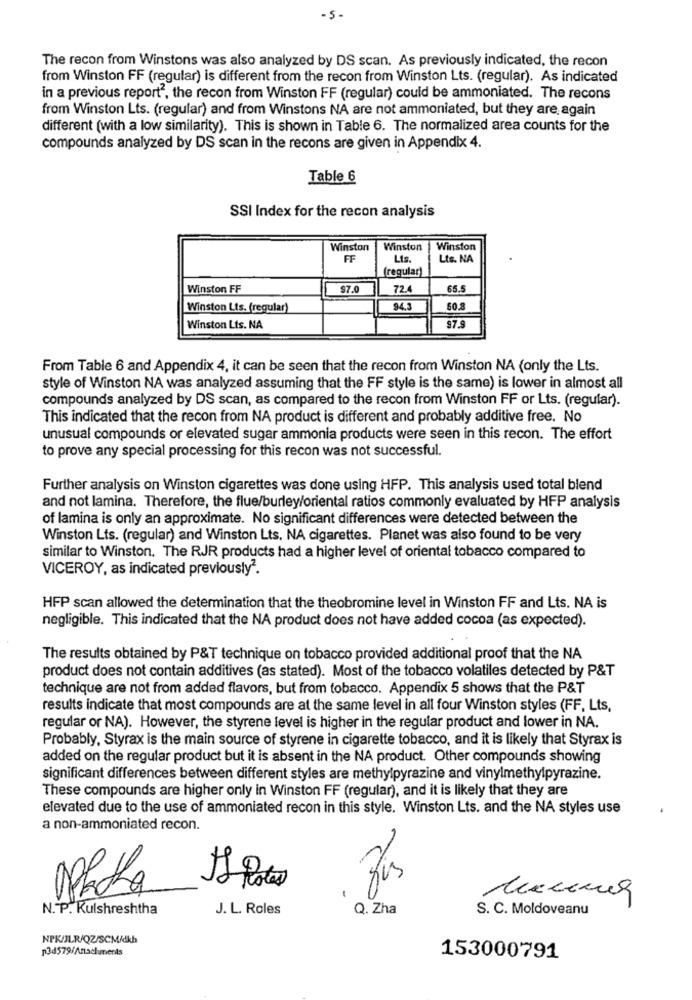
- 5 -
The recon from Winstons was also analyzed by DS scan. As previously indicated, the recon
from Winston FF (regular) is different from the recon from Winston Lts. (regular). As indicated
in a previous report2, the recon from Winston FF (regular) could be ammoniated. The recons
from Winston Lts. (regular) and from Winstons NA are not ammoniated, but they are again
different (with a low similarity). This is shown in Table 6. The normalized area counts for the
compounds analyzed by DS scan in the recons are given in Appendix 4.
Table 6
SSI Index for the recon analysis
Winston
Winston
Winston
FF
Lis
Lts. NA
(regular)
Winston FF
97.0
72.4
65.5
Winston Lts. (regular)
94.3
50.8
Winston Lts. NA
97.9
From Table 6 and Appendix 4, it can be seen that the recon from Winston NA (only the Lts.
style of Winston NA was analyzed assuming that the FF style is the same) is lower in almost all
compounds analyzed by DS scan, as compared to the recon from Winston FF or Lts. (regular).
This indicated that the recon from NA product is different and probably additive free. No
unusual compounds or elevated sugar ammonia products were seen in this recon. The effort
to prove any special processing for this recon was not successful.
Further analysis on Winston cigarettes was done using HFP. This analysis used total blend
and not lamina. Therefore, the flue/burley/oriental ratios commonly evaluated by HFP analysis
of lamina is only an approximate. No significant differences were detected between the
Winston Lts. (regular) and Winston Lts. NA cigarettes. Planet was also found to be very
similar to Winston. The RJR products had a higher level of oriental tobacco compared to
VICEROY, as indicated previously2.
HFP scan allowed the determination that the theobromine level in Winston FF and Lts. NA is
negligible. This indicated that the NA product does not have added cocoa (as expected).
The results obtained by P&T technique on tobacco provided additional proof that the NA
product does not contain additives (as stated). Most of the tobacco volatiles detected by P&T
technique are not from added flavors, but from tobacco. Appendix 5 shows that the P&T
results indicate that most compounds are at the same level in all four Winston styles (FF, Lts,
regular or NA). However, the styrene level is higher in the regular product and lower in NA.
Probably, Styrax is the main source of styrene in cigarette tobacco, and it is likely that Styrax is
added on the regular product but it is absent in the NA product. Other compounds showing
significant differences between different styles are methylpyrazine and vinylmethylpyrazine.
These compounds are higher only in Winston FF (regular), and it is likely that they are
elevated due to the use of ammoniated recon in this style. Winston Lts. and the NA styles use
a non-ammoniated recon.
Packa
N. P. Kulshreshtha
J. L. Roles
Q. Zha
S. C. Moldoveanu
NPK/JLR/Q2/SCM/dkh
p3d579/Anacluments
153000791